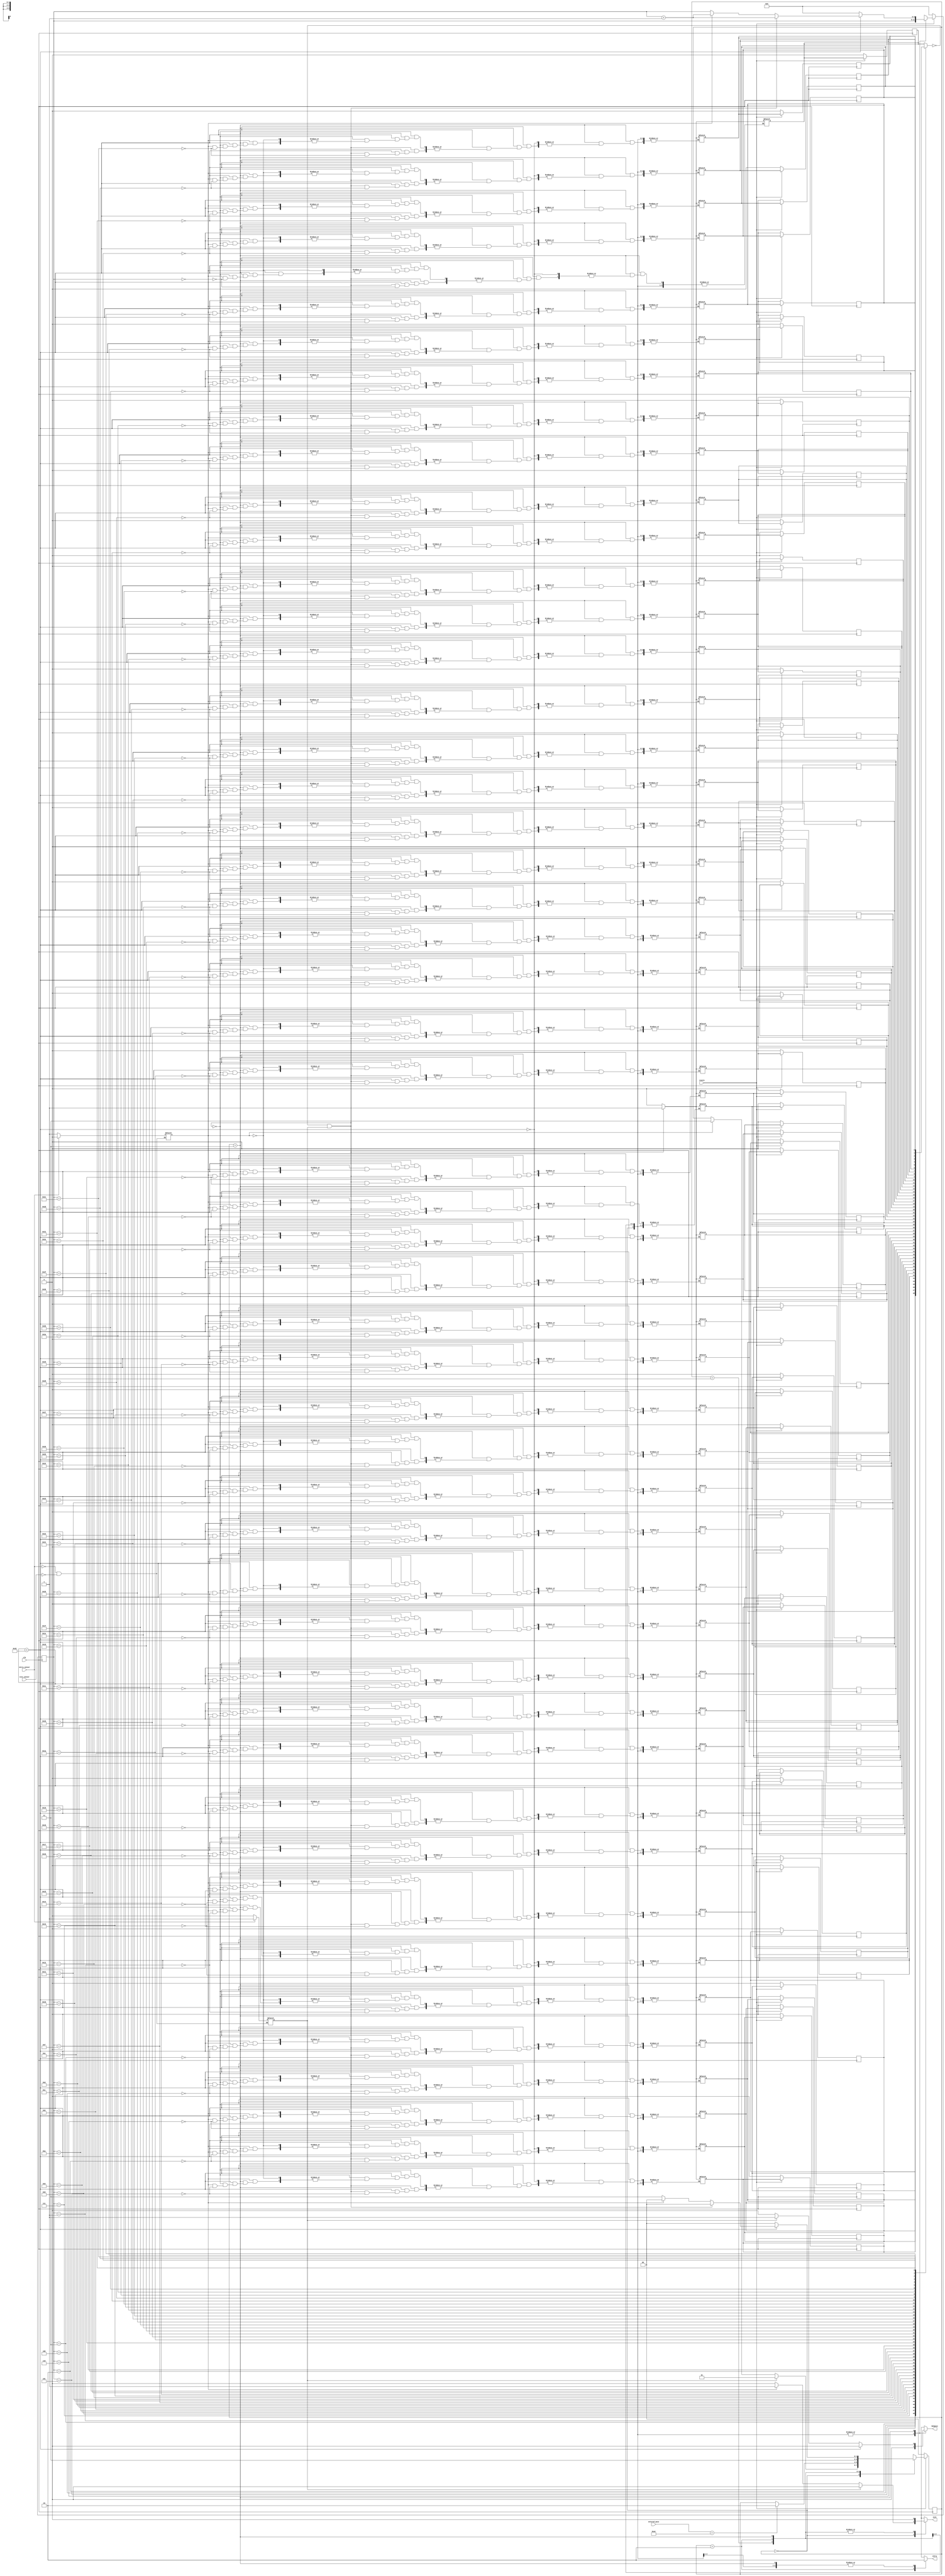
`timescale 1ns / 1ps
//////////////////////////////////////////////////////////////////////////////////
// Company: 
// Engineer: 
// 
// Design Name: 
// Module Name:    SPController 
// Project Name: 
// Target Devices: 
// Tool versions: 
// Description: 
//
// Dependencies: 
//
// Revision: 
// Revision 0.01 - File Created
// Additional Comments: 
//
//////////////////////////////////////////////////////////////////////////////////
module SPController(input entry_sensor,exit_sensor,clk,resetn,
input [7:0]entered_pass,
output reg entry,NoSpace,exit
    );
	 
reg [1:0]cur_s,nex_s;
parameter sensor = 2'b00,password = 2'b01,entrance = 2'b10,space = 2'b11;
parameter passkey = 8'hA4;
reg mem[0:49];
reg [5:0]j_reg,j_nex;
reg entr,ext;
integer i;

always @(posedge clk)
begin
if(~resetn)
begin
cur_s <= sensor;
j_reg <= 0;
for(i = 0;i < 50;i = i + 1)
begin
	mem[i] = 0;
end
//entr <= entry_sensor;
//exr <= exit_sensor;
end
else
begin
cur_s <= nex_s;
j_reg <= j_nex;
//entr <= entn;
//exr <= exn;
end
end

always @(*)
begin
if(entry_sensor)
begin
	entr <= 1;
	ext <= 0;
end
else if(exit_sensor)
begin
	entr <= 0;
	ext <= 1;
end
end

always @(*)
begin
nex_s = cur_s;
entry = 0;
exit = 0;
NoSpace = 0;
j_nex = j_reg;
	case(cur_s)
		sensor:begin
			if(entr)
			 begin
				nex_s = password;
			 end
			else if(ext)
			 begin
				nex_s = space;
				exit = 1;
			end
		end
		password:begin
			if(entered_pass == passkey)
			nex_s = entrance;
			else
			nex_s = cur_s;
		end
		entrance:begin
			entry = 1;
			nex_s = space;
		end
		space:begin
		if(j_reg < 50)
		 begin
			if(mem[j_reg] == 0 && entr)
			begin
				mem[j_reg] = 1;
				nex_s = sensor;
				j_nex = j_reg + 1;
			end
			else if(ext)
			begin
				mem[j_reg] = 0;
				j_nex = j_reg + 1;
				nex_s = sensor;
			end
			else
			begin
				nex_s = space;
			end
		 end
		else
		 begin
			j_nex = 0;
			nex_s = sensor;
			if(entr)
				NoSpace = 1;
			else if(ext)
				NoSpace = 0;
		 end
		end
	endcase
end

endmodule